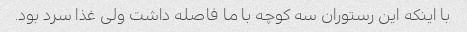
با اینکه این رستوران سه کوچه با ما فاصله داشت ولی غذا سرد بود.